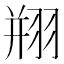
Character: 𦐵